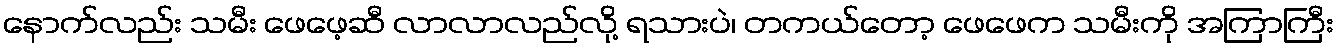
နောက်လည်း သမီး ဖေဖေ့ဆီ လာလာလည်လို့ ရသားပဲ၊ တကယ်တော့ ဖေဖေက သမီးကို အကြာကြီး